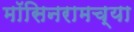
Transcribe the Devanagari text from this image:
मॉसिनरामच्या